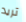
تريد